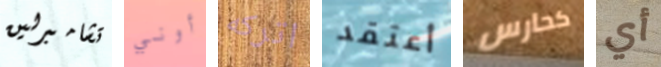
تشامبرلين أوني اتركه أعتقد كحارس أي